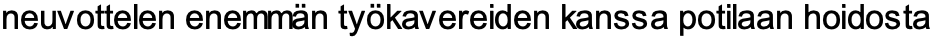
neuvottelen enemmän työkavereiden kanssa potilaan hoidosta